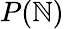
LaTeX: P(\mathbb{N})